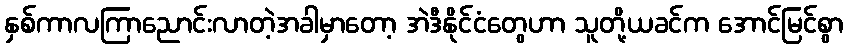
နှစ်ကာလကြာညောင်းလာတဲ့အခါမှာတော့ အဲဒီနိုင်ငံတွေဟာ သူတို့ယခင်က အောင်မြင်စွာ